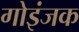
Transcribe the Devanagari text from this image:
गोइंजक